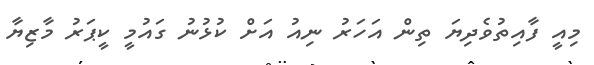
މިއީ ފާއިތުވެދިޔަ ތިން އަހަރު ނިއު އަށް ކުޅުނު ގައުމީ ކީޕަރު މާޒިޔާ